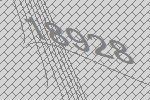
18928